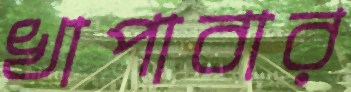
খাপাবার